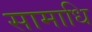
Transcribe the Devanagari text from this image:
सामाधि